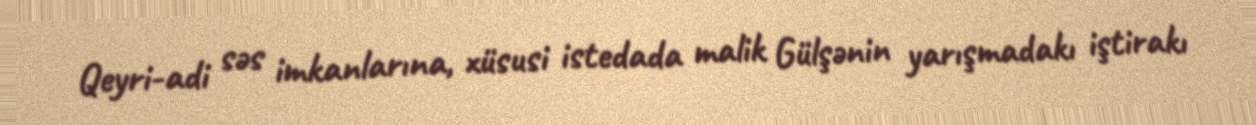
Qeyri-adi səs imkanlarına, xüsusi istedada malik Gülşənin yarışmadakı iştirakı